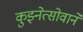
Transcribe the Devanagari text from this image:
कुझ्नेत्सोवाने